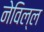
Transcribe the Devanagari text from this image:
नेविल्ल